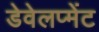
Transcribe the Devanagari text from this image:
डेवेलप्मेंट